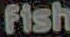
fish